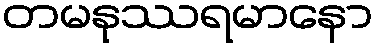
တမနုဿရမာနော